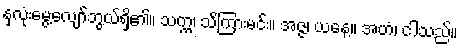
နှလုံးမွေ့လျော်ဘွယ်ရှိ၏။ သက္က၊ သိကြားမင်း။ အဇ္ဇ၊ ယနေ့။ အဟံ၊ ငါသည်။